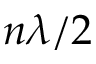
n \lambda / 2